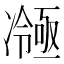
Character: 𭂤